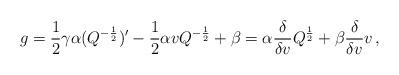
LaTeX: \begin{align*}g=\frac12\gamma\alpha (Q^{-\frac12})'-\frac12\alpha v Q^{-\frac12}+\beta=\alpha\frac{\delta}{\delta v}Q^{\frac12}+\beta\frac{\delta}{\delta v}v\,,\end{align*}